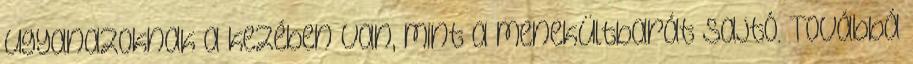
ugyanazoknak a kezében van, mint a menekültbarát sajtó. Továbbá